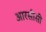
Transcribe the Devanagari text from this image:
आरसीसी